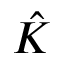
\hat { K }